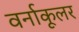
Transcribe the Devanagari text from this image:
वर्नाकूलर